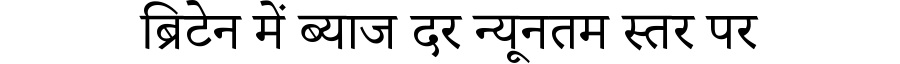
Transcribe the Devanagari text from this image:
ब्रिटेन में ब्याज दर न्यूनतम स्तर पर